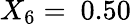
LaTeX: X_{6}=\ 0.50